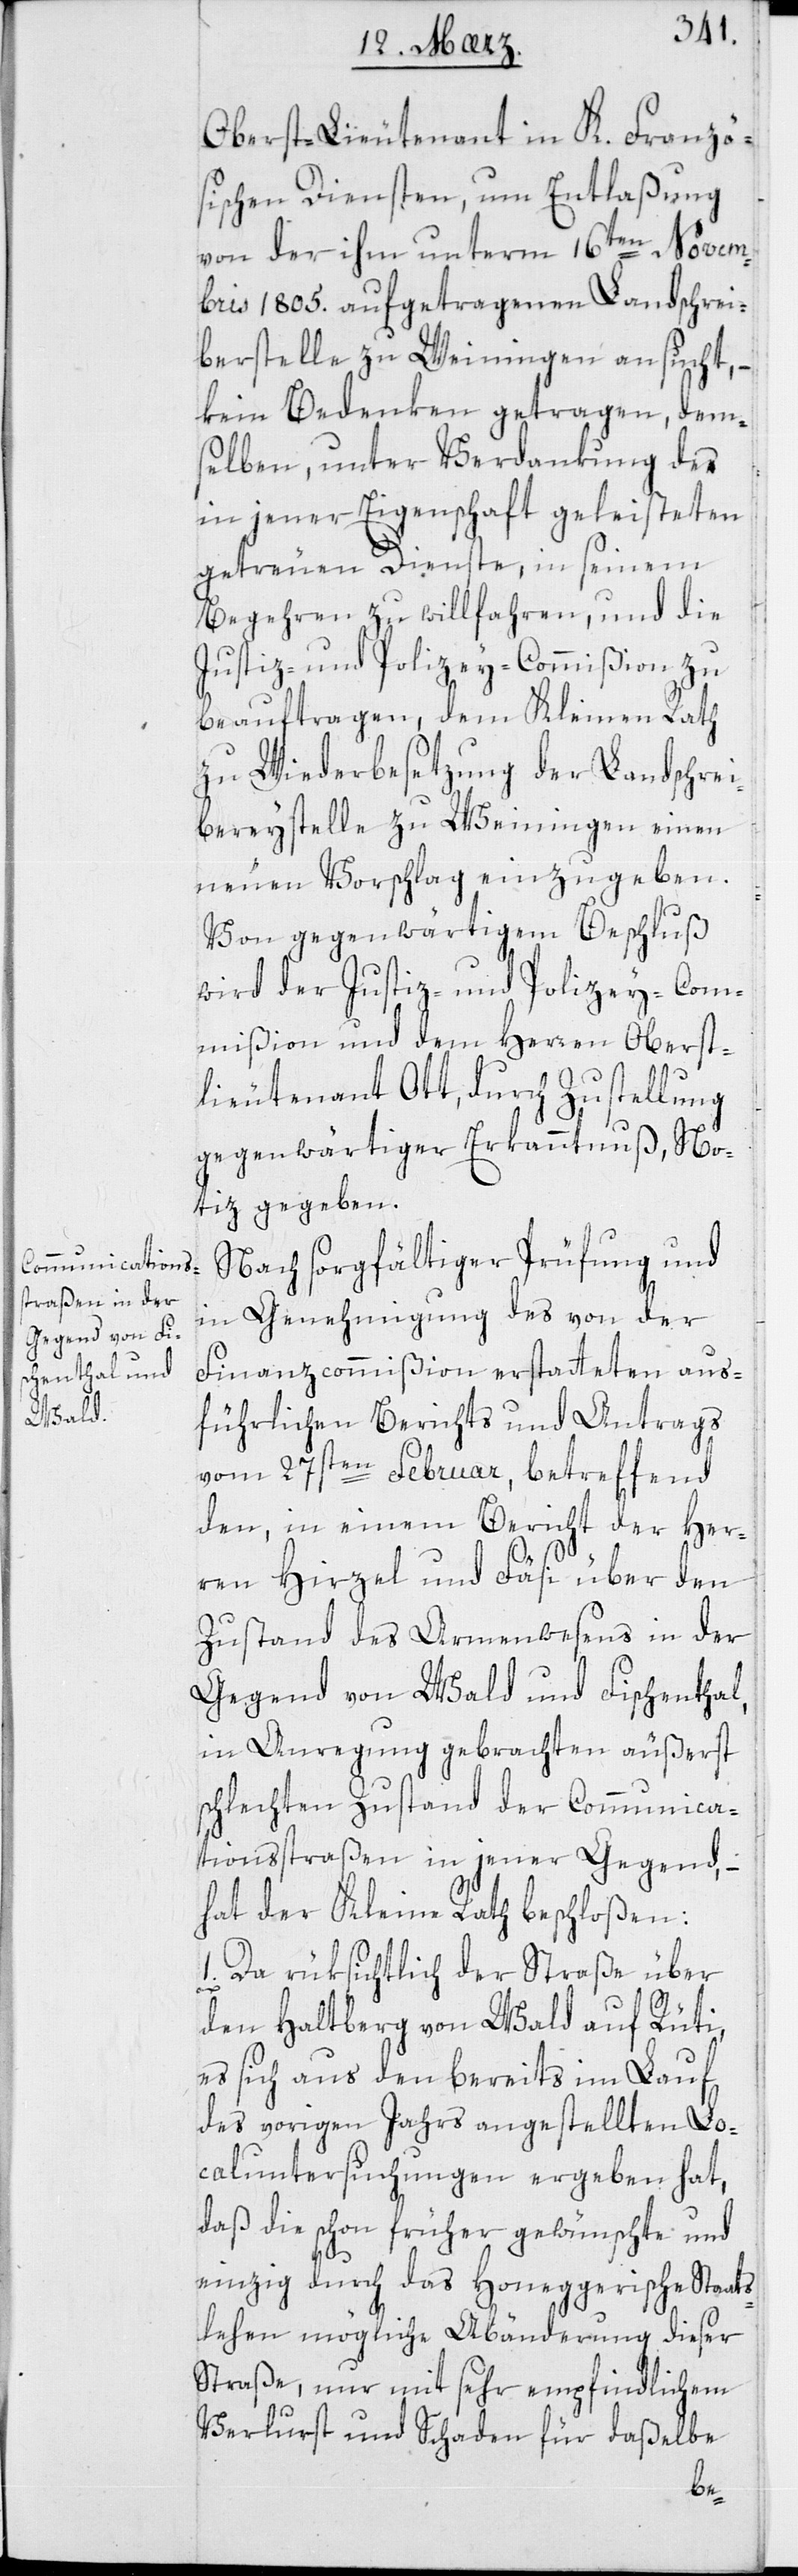
Oberstlieutenant in K. Franzö¬
sischen Diensten, um Entlaßung
von der ihm unterm 16ten Novem¬
bris 1805. aufgetragenen Landschrei¬
berstelle zu Weiningen ansucht, –
kein Bedenken getragen, dem¬
selben unter Verdankung der
in jener Eigenschaft geleisteten
getreuen Dienste, in seinem
Begehren zu willfahren, und die
Justiz- und Polizey-Commißion zu
beauftragen, dem Kleinen Rath
zu Wiederbesetzung der Landschre¬
ibereystelle zu Weiningen einen
neuen Vorschlag einzugeben.
Von gegenwärtigem Beschluß
wird der Justiz- und Polizey-Com¬
mißion und dem Herren Oberst¬
lieutenant Ott, durch Zustellung
gegenwärtiger Erkanntnuß, No¬
tiz gegeben.
Nach sorgfältiger Prüfung und
in Genehmigung des von der
Finanzcommißion erstatteten aus¬
führlichen Berichts und Antrags
vom 27sten Februar, betreffend
den, in einem Bericht der Her¬
ren Hirzel und Fäsi über den
Zustand des Armenwesens in der
Gegend von Wald und Fischenthal,
in Anregung gebrachten äußerst
schlechten Zustand der Communica¬
tionsstraßen in jener Gegend,
hat der Kleine Rath beschloßen:
1. Da rüksichtlich der Straße über
den Haltberg von Wald auf Rüti,
es sich aus dem bereits im Lauf
des vorigen Jahrs angestellten Lo¬
caluntersuchungen ergeben hat,
daß die schon früher gewünschte und
einzig durch das Honeggerische Staats¬
lehen mögliche Abänderung dieser
Straße, nur mit sehr empfindlichem
Verlust und Schaden für daßelbe